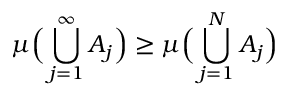
\mu { \Big ( } \bigcup _ { j = 1 } ^ { \infty } A _ { j } { \Big ) } \geq \mu { \Big ( } \bigcup _ { j = 1 } ^ { N } A _ { j } { \Big ) }